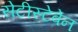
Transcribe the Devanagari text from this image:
सेटीस्‍टेबेन